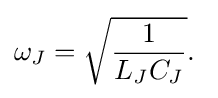
\omega _{J}={\sqrt {\frac {1}{L_{J}C_{J}}}}.\